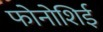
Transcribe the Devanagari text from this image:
फोनोशिई